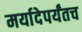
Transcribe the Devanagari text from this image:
मर्यादेपर्यंतच